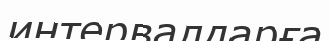
интервалдарға